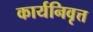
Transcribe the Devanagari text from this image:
कार्यनिवृत्त